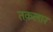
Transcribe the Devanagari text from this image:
तक़लार